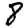
Digit: 8